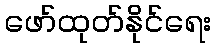
ဖော်ထုတ်နိုင်ရေး